Report of the Indian Hemp Drugs Commission, 1894-1895 - Volume VII
Year: 1894
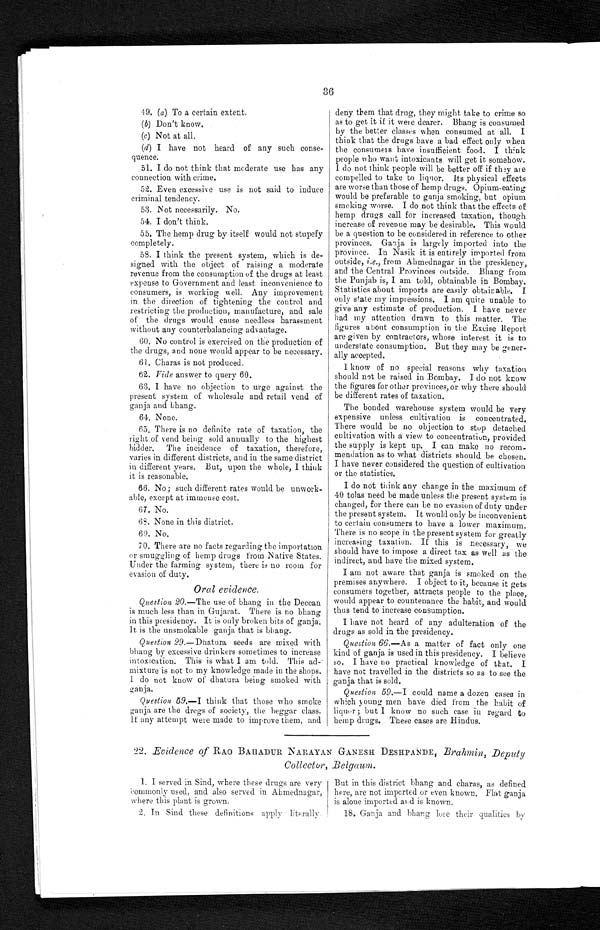
36
4 9 . ( a )T o a c e r t a i n e x t e n t .
( b) Do n ' t k n o w.
(c) Not at all.
(di I have not heard of any such conse
-quence.
51. I do not think that moderate use has any
connection with crime.
52. Even excessive use is not said to induce
criminal tendency.
53. Not necessarily. No.
54. I don't think.
55. The hemp drug by itself would not stupefy
completely.
58. I think the present system, which is de
- s i g n e d w i t h t h e o b j e c t o f r a i s i n g a m o d e r a t e
revenue from the consumption of the drugs at least
expense to Government and least inconvenience to
consumers, is working well. Any improvement
in the direction of tightening the control and
restricting the production, manufacture, and sale
of the drugs would cause needless harassment
without any counterbalancing advantage.
60. No control is exercised on the production of
the drugs, and none would appear to be necessary.
61. Charas is not produced.
62. Vide answer to query 60.
63. I have no objection to urge against the
present system of wholesale and retail vend of
ganja and bhang.
64. None.
65. There is no definite rate of taxation, the
right of vend being sold annually to the highest
bidder. The incidence of taxation, therefore,
varies in different districts, and in the same district
in different years. But, upon the whole, I think
it is reasonable.
66. No; such different rates would be unwork
-able, except at immense cost.
67. No.
68. None in this district.
6 9 . N o .
70. There are no facts regarding the importation
or smuggling of hemp drugs from: Native States.
Under the farming system, there is no room for
evasion of duty.
Oral evidence.
Question 20.
—The use of bhang in the Deccan
is much less than in Gujarat. There is no bhang
in this presidency. It is only broken bits of ganja.
It is the unsmokable ganja that is bhang.
Question 29 .—Dhatura seeds are mixed with
bhang by excessive drinkers sometimes to increase
intoxication. This is what I am told. This ad
- m i x t u r e i s n o t t o m y k n o w l e d g e m a d e i n t h e s h o p s .
I d o n o t k n o w o f d h a t u r a b e i n g s m o k e d w i t h
g a n j a .
Question 59.—I think that those who smoke
ganja are the dregs of society, the beggar class.
It any attempt were made to improve them, and
deny them that drug, they might take to crime so
as to get it if it were dearer. Bhang is consumed
by the better classes when consumed at all. I
think that the drugs have a bad effect only when
the consumers have insufficient food. I th i nk
people who want intoxicants will get it somehow.
I do not think people will be better off if they are
compelled to take to liquor. Its physical effects
are worse than those of hemp drugs. Opium-eating
would be preferable to ganja smoking, but opium
smoking worse. I do not think that the effects of
hemp drugs call for increased taxation, though
increase of revenue may be desirable. This would
be a question to be considered in reference to other
provinces. Ganja is largely imported into the
province. In Nasik it is entirely imported from
outside, i.e ., from Ahmednagar in the presidency,
and the Central Provinces outside. Bhang from
the Punjab is, I am told, obtainable in Bombay.
Statistics about imports are easily obtainable. I
only st ate my impressions. I am quite unable to
give any estimate of production. I have never
had my attention drawn to this matter. The
figures about consumption in the Excise Report
are given by contractors, whose interest it is to
understate consumption. But they may be gener
-ally accepted.
-
I know of no special reasons why taxation
should net be raised in Bombay. I do not know
the figures for other provinces, or why there should
be different rates of taxation.
The bonded warehouse system would be very
expensive unless cultivation is concentrated.
There would be no objection to stop detached
cultivation with a view to concentration, provided
the supply is kept up. I can make no recom
-mendation as to what districts should be chosen.
I have never considered the question of cultivation
or the statistics.
I do not think any change in the maximum of
40 tolas need be made unless the present system is
changed, for there can be no evasion of duty under
the present system. It would only be inconvenient
to certain consumers to have a lower maximum.
There is no scope in the present system for greatly
increasing taxation. If this is necessary, we
should have to impose a direct tax as well as the
indirect, and have the mixed system.
I am not aware that ganja is smoked on the
premises anywhere. I object to it, because it gets
consumers together, attracts people to the place,
would appear to countenance the habit, and would
thus tend to increase consumption.
I have not heard of any adulteration of the
drugs as sold in the presidency.
Question 66.— As a matter of fact only one
kind of ganja is used in this presidency. I believe
so. I have no practical knowledge of that. I
have not travelled in the districts so as to see the
ganja that is sold.
Question 59.—I could name a dozen cases in
which young men have died from the habit of
liquor; but I know no such case in regard to
hemp drugs. These cases are Hindus.
22. Evidence of RAO BAHADUR NARAYAN GANESII DESHPANDE, Brahmin, Deputy
Collector, Belgaum.
1. I served in Sind, where these drugs are very
commonly used, and also served in Ahmednagar,
where this plant is grown.
2. In Sind these definitions apply literally.
But in this district bhang and charas, as defined
here, are not imported or even known. Flat ganja
is alone imported and is known.
18. Ganja and bhang lose their qualities by